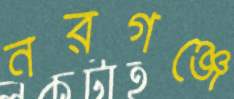
নরগঞ্জে